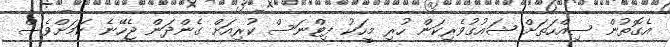
އެގޮތުން ސިއްހަތަށް ޝައުގުވެރިކަން ހުރި މީހަކު ފިޓްނަސް ކުރިއަށް ގެންދަން ޖެހޭނެ ކަމަށްވެސް